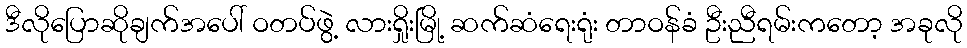
ဒီလိုပြောဆိုချက်အပေါ် ဝတပ်ဖွဲ့ လားရှိုးမြို့ ဆက်ဆံရေးရုံး တာဝန်ခံ ဦးညီရမ်းကတော့ အခုလို